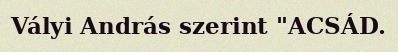
Vályi András szerint "ACSÁD.